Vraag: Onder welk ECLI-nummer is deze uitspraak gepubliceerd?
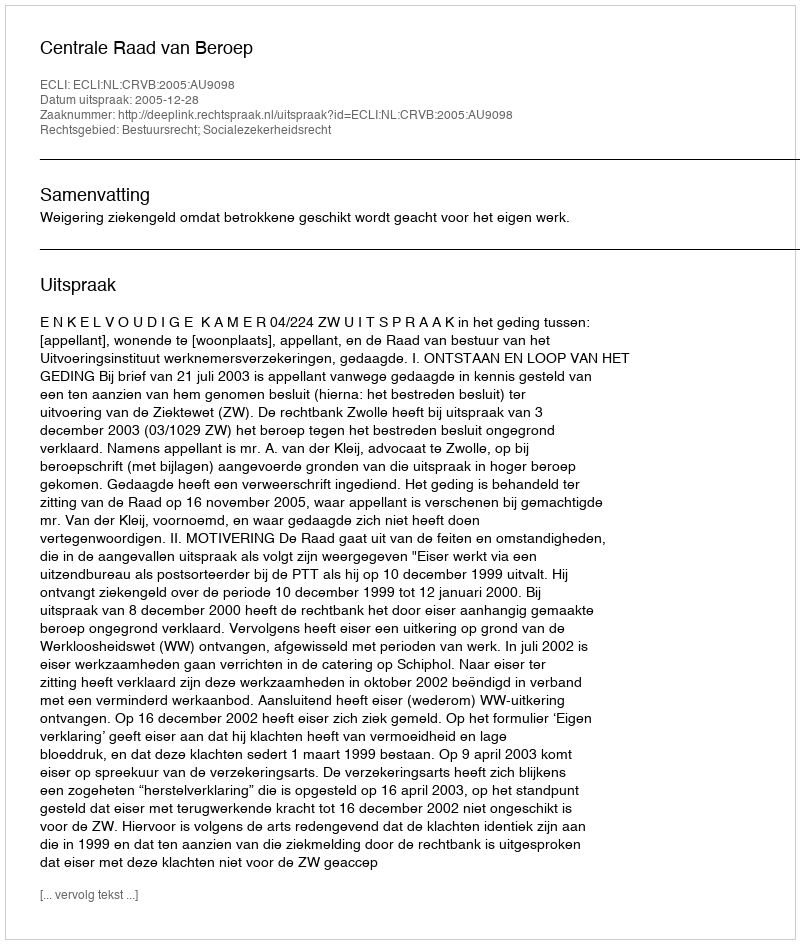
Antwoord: ECLI:NL:CRVB:2005:AU9098